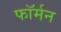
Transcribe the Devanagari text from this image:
फॉर्मन